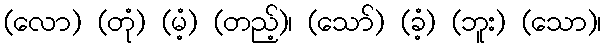
(လော) (တုံ) (မံ့) (တည့်)၊ (သော်) (ခံ့) (ဘူး) (သော)၊